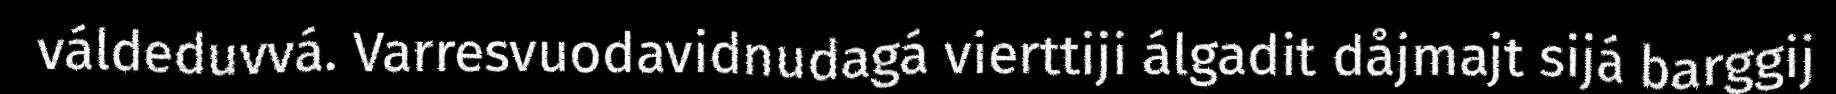
váldeduvvá. Varresvuodavidnudagá vierttiji álgadit dåjmajt sijá barggij